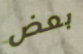
بعض